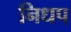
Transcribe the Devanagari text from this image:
निधप